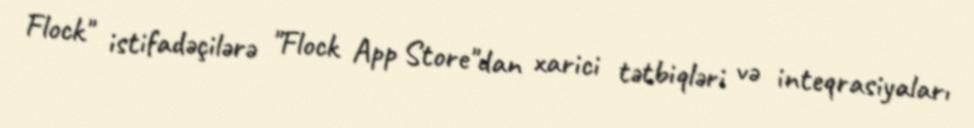
Flock" istifadəçilərə "Flock App Store"dan xarici tətbiqləri və inteqrasiyaları